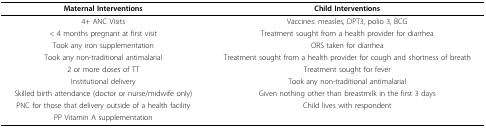
| Maternal Interventions | Child Interventions |
 | --- | --- |
 | 4+ ANC Visits | Vaccines: measles, DPT3, polio 3, BCG |
 | < 4 months pregnant at first visit | Treatment sought from a health provider for diarrhea |
 | Took any iron supplementation | ORS taken for diarrhea |
 | Took any non-traditional antimalarial | Treatment sought from a health provider for cough and shortness of breath |
 | 2 or more doses of TT | Treatment sought for fever |
 | Institutional delivery | Took any non-traditional antimalarial |
 | Skilled birth attendance (doctor or nurse/midwife only) | Given nothing other than breastmilk in the first 3 days |
 | PNC for those that delivery outside of a health facility | Child lives with respondent |
 | PP Vitamin A supplementation |  |